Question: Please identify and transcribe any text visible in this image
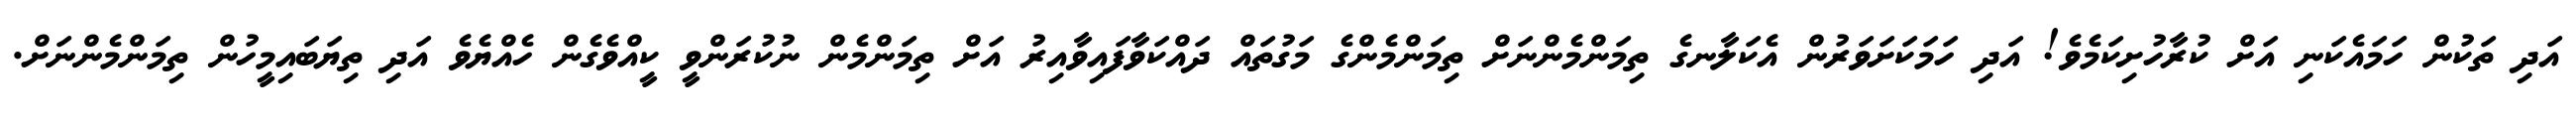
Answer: އަދި ތަކުން ހަމައެކަނި އަށް ކުރާހުށިކަމެވެ! އަދި ހަމަކަށަވަރުން އެކަލާނގެ ތިމަންމެންނަށް ތިމަންމެންގެ މަގުތައް ދައްކަވާފައިވާއިރު އަށް ތިމަންމެން ނުކުރަންވީ ކީއްވެގެން ހެއްޔެވެ އަދި ތިޔަބައިމީހުން ތިމަންމެންނަށް.